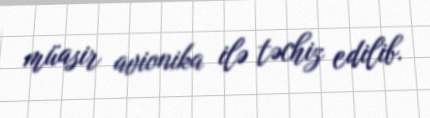
müasir avionika ilə təchiz edilib.